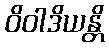
ဝိဝါဒိယန္တိ